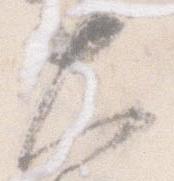
大